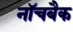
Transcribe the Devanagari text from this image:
नॉचबैक